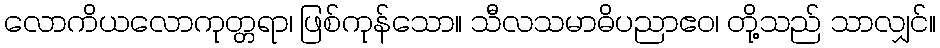
လောကိယလောကုတ္တရာ၊ ဖြစ်ကုန်သော။ သီလသမာဓိပညာဧဝ၊ တို့သည် သာလျှင်။